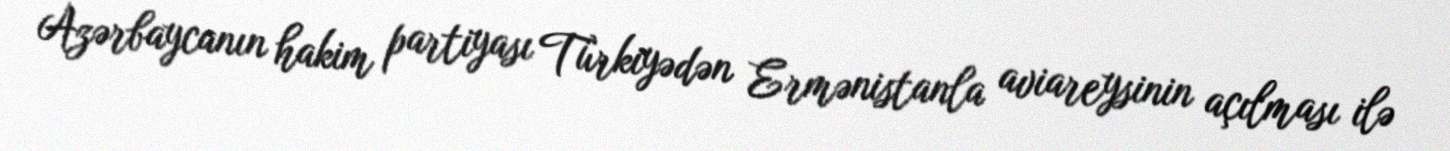
Azərbaycanın hakim partiyası Türkiyədən Ermənistanla aviareysinin açılması ilə